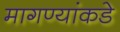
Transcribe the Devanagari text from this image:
मागण्यांकडे